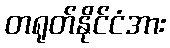
တရုတ်နိုင်ငံအား